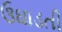
ઉઘાડતી